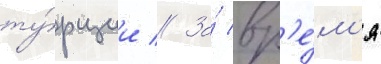
ту́рции // За́ вр'е́м'я